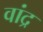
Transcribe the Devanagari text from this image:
वांद्र